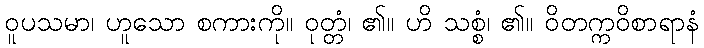
ဝူပသမာ၊ ဟူသော စကားကို။ ဝုတ္တံ၊ ၏။ ဟိ သစ္စံ၊ ၏။ ဝိတက္ကဝိစာရာနံ